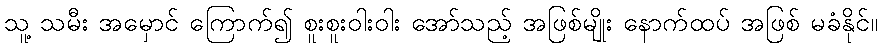
သူ့ သမီး အမှောင် ကြောက်၍ စူးစူးဝါးဝါး အော်သည့် အဖြစ်မျိုး နောက်ထပ် အဖြစ် မခံနိုင်။